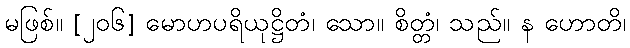
မဖြစ်။ [၂၀၆] မောဟပရိယုဋ္ဌိတံ၊ သော။ စိတ္တံ၊ သည်။ န ဟောတိ၊